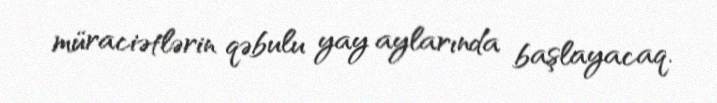
müraciətlərin qəbulu yay aylarında başlayacaq.